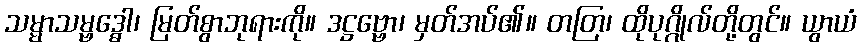
သမ္မာသမ္ဗဒ္ဓေါ၊ မြတ်စွာဘုရားကို။ ဒဋ္ဌဗ္ဗော၊ မှတ်အပ်၏။ တတြ၊ ထိုပုဂ္ဂိုလ်တို့တွင်။ ယွာယံ